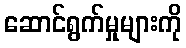
ဆောင်ရွက်မှုများကို